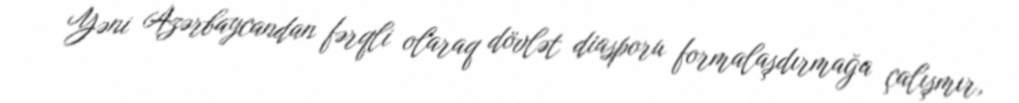
Yəni Azərbaycandan fərqli olaraq dövlət diasporu formalaşdırmağa çalışmır,